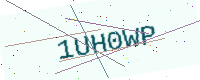
Text: 1UH0WP